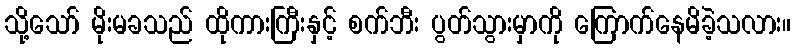
သို့သော် မိုးမခသည် ထိုကားကြီးနှင့် စက်ဘီး ပွတ်သွားမှာကို ကြောက်နေမိခဲ့သလား။